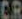
CR